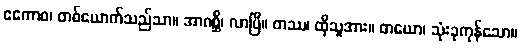
ဧကောဝ၊ တစ်ယောက်သည်သာ။ အာဂစ္ဆိ၊ လာပြီ။ တဿ၊ ထိုသူအား။ တယော၊ သုံးခုကုန်သော။